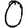
Digit: 0